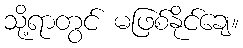
သို့ရာတွင် မဖြစ်နိုင်ချေ။